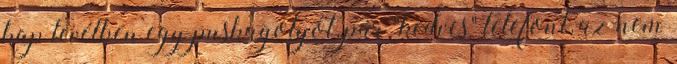
kap levélben egy puskagolyót, pár "kedves" telefont, az nem